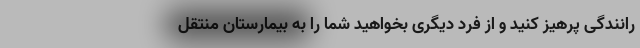
رانندگی پرهیز کنید و از فرد دیگری بخواهید شما را به بیمارستان منتقل